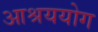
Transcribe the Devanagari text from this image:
आश्रययोग